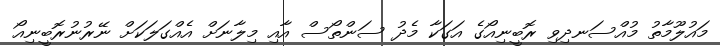
މައުލޫމާތު މުއްސަނދިވި ރޮބީނިއޯގެ އަގަކާ މެދު ސަންތޯސް އާއި މިލާނަށް އެއްގަލަކަށް ނޭރުނުރޮބީނިއޯ